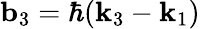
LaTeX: \mathbf{b}_{3}=\hbar(\mathbf{k}_{3}-\mathbf{k}_{1})